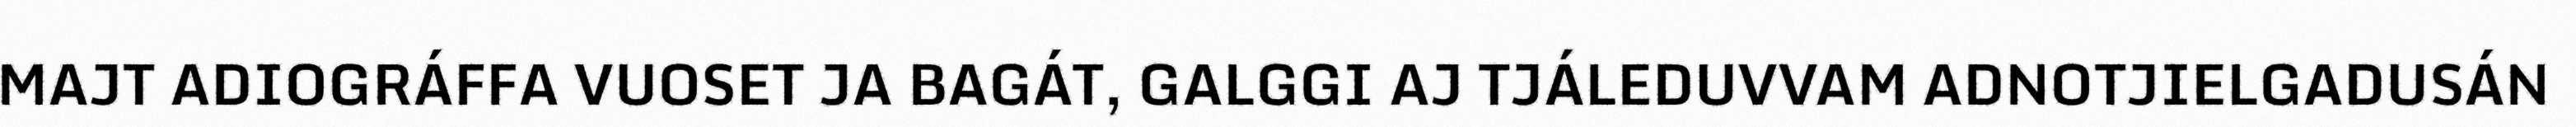
MAJT ADIOGRÁFFA VUOSET JA BAGÁT, GALGGI AJ TJÁLEDUVVAM ADNOTJIELGADUSÁN